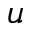
u